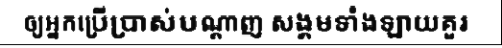
ឲ្យអ្នកប្រើប្រាស់បណ្តាញ សង្គមទាំងឡាយគួរ